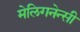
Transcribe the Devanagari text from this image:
मेलिगनेन्सी